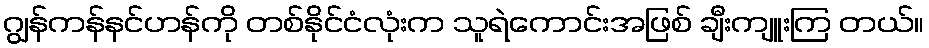
ဂျွန်ကန်နင်ဟန်ကို တစ်နိုင်ငံလုံးက သူရဲကောင်းအဖြစ် ချီးကျူးကြ တယ်။